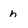
Character: h